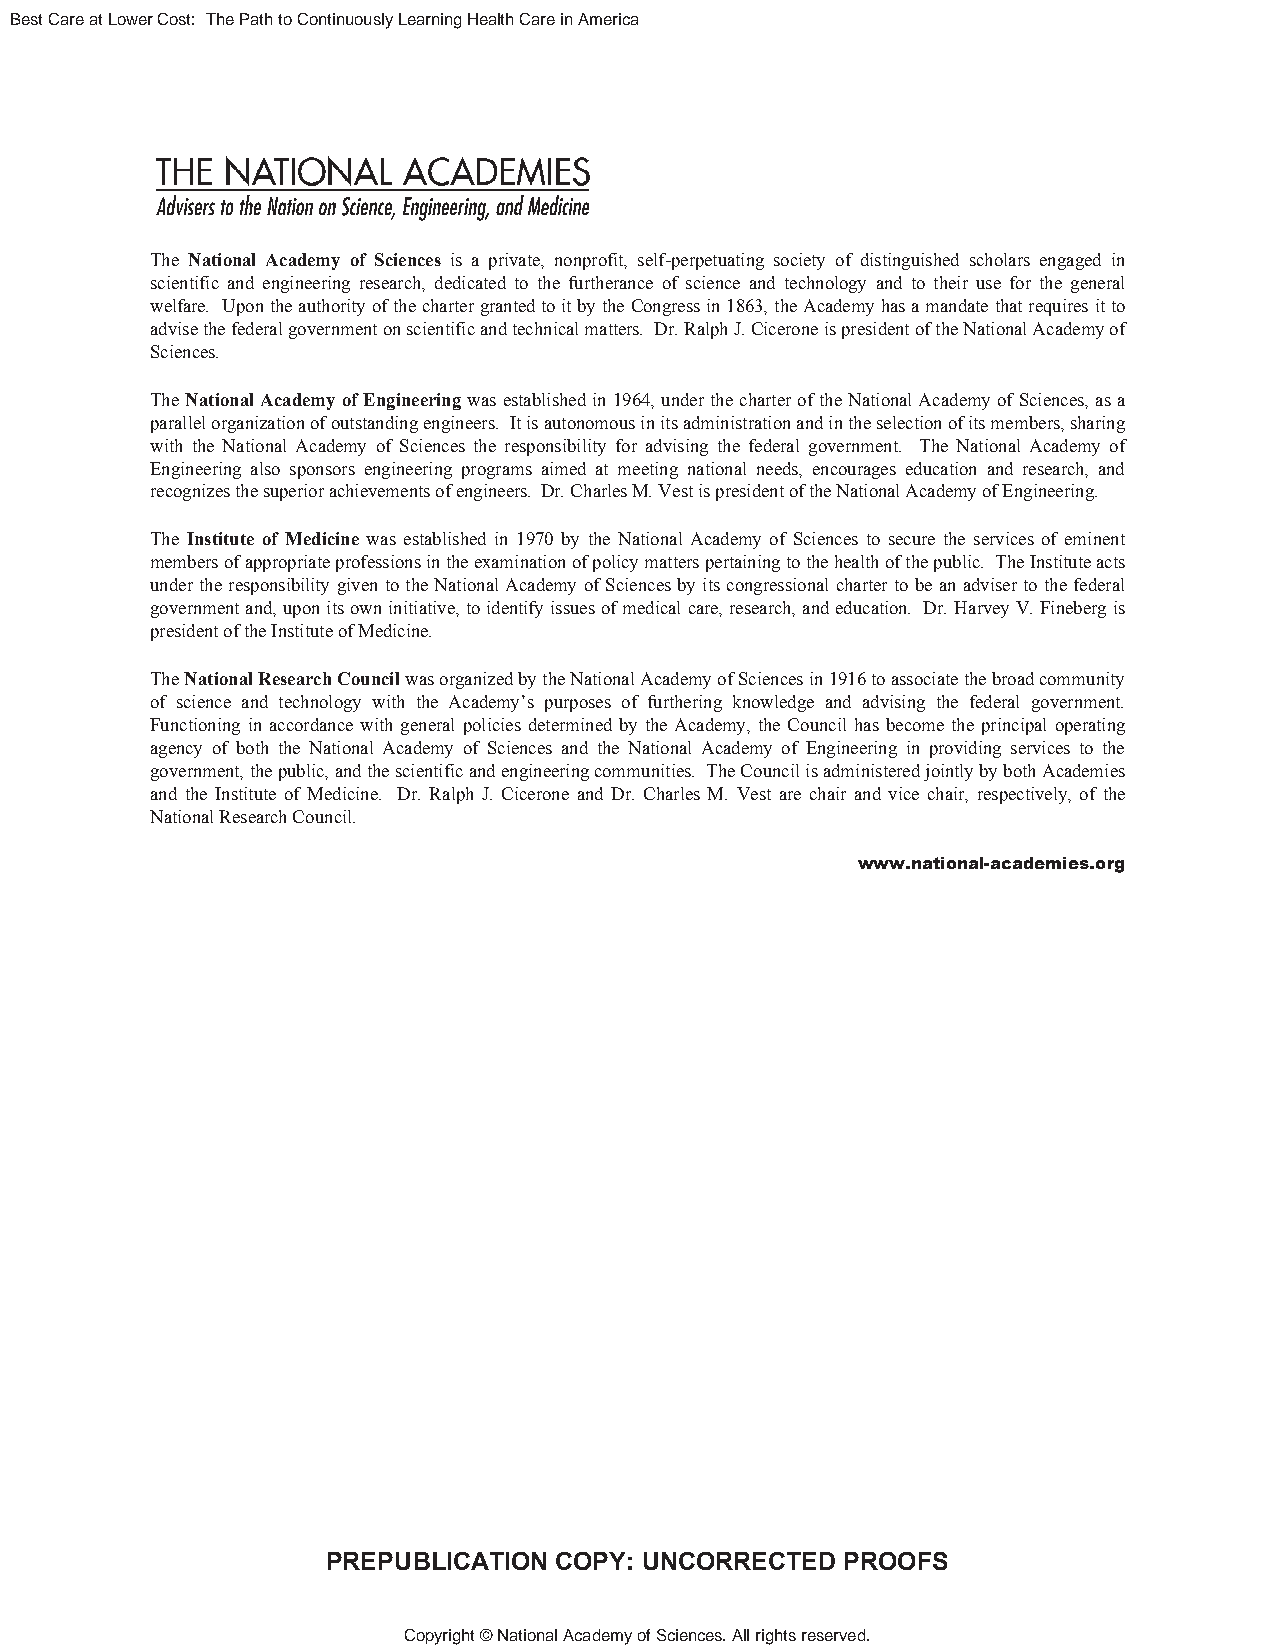
Best Care at Lower Cost: The Path to Continuously Learning Health Care in America
 The National Academy of Sciences is a private, nonprofit, self-perpetuating society of distinguished scholars engaged in
 scientific and engineering research, dedicated to the furtherance of science and technology and to their use for the general
 welfare. Upon the authority of the charter granted to it by the Congress in 1863, the Academy has a mandate that requires it to
 advise the federal government on scientific and technical matters. Dr. Ralph J. Cicerone is president of the National Academy of
 Sciences.
 The National Academy of Engineering was established in 1964, under the charter of the National Academy of Sciences, as a
 parallel organization of outstanding engineers. It is autonomous in its administration and in the selection of its members, sharing
 with the National Academy of Sciences the responsibility for advising the federal government. The National Academy of
 Engineering also sponsors engineering programs aimed at meeting national needs, encourages education and research, and
 recognizes the superior achievements of engineers. Dr. Charles M. Vest is president of the National Academy of Engineering.
 The Institute of Medicine was established in 1970 by the National Academy of Sciences to secure the services of eminent
 members of appropriate professions in the examination of policy matters pertaining to the health of the public. The Institute acts
 under the responsibility given to the National Academy of Sciences by its congressional charter to be an adviser to the federal
 government and, upon its own initiative, to identify issues of medical care, research, and education. Dr. Harvey V. Fineberg is
 president of the Institute of Medicine.
 The National Research Council was organized by the National Academy of Sciences in 1916 to associate the broad community
 of science and technology with the Academy’s purposes of furthering knowledge and advising the federal government.
 Functioning in accordance with general policies determined by the Academy, the Council has become the principal operating
 agency of both the National Academy of Sciences and the National Academy of Engineering in providing services to the
 government, the public, and the scientific and engineering communities. The Council is administered jointly by both Academies
 and the Institute of Medicine. Dr. Ralph J. Cicerone and Dr. Charles M. Vest are chair and vice chair, respectively, of the
 National Research Council.
 www.national-academies.org
 PREPUBLICATION COPY: UNCORRECTED  PROOFS
 Copyright © National Academy of Sciences. All rights reserved.